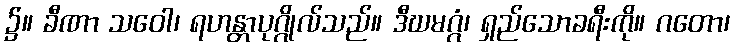
၌။ ခီဏာ သဝေါ၊ ရဟန္တာပုဂ္ဂိုလ်သည်။ ဒီဃမဂ္ဂံ၊ ရှည်သောခရီးကို။ ဂတော၊